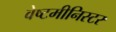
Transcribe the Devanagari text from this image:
वेष्टमीनिस्टर